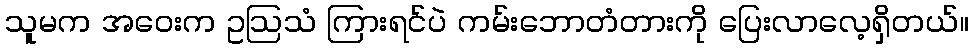
သူမက အဝေးက ဥဩသံ ကြားရင်ပဲ ကမ်းဘောတံတားကို ပြေးလာလေ့ရှိတယ်။